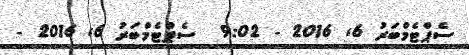
ސެޕްޓެމްބަރު 6